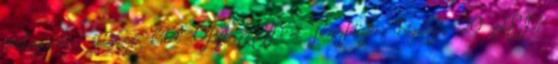
melegfehér, átlátszó kábel OBI LED-es fényfüzér, hógolyó, 20 LED,